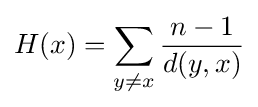
H(x)=\sum _{y\neq x}{\frac {n-1}{d(y,x)}}